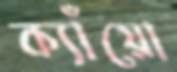
ক্যাঁয়ো